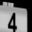
Digit: 4